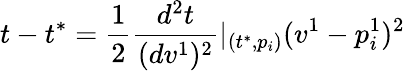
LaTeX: t-t^{*}=\frac 12\frac{d^{2}t}{(dv^{1})^{2}}|_{(t^{*},p_{i})}(v^{1}-p_{i}^{1})^{2}